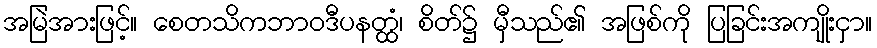
အမြဲအားဖြင့်။ စေတသိကဘာဝဒီပနတ္ထံ၊ စိတ်၌ မှီသည်၏ အဖြစ်ကို ပြခြင်းအကျိုးငှာ။